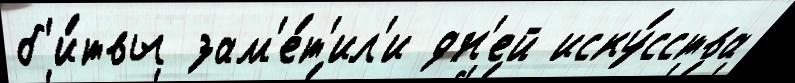
б'и́твы зам'е́т'ил'и дн'ей иску́сства